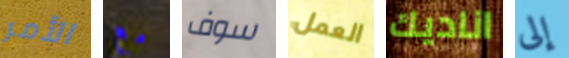
الأمر مع سوف العمل اناديك إلى